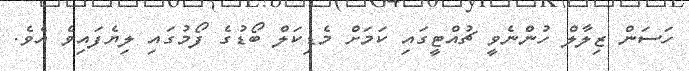
ހަސަން ޒިލާލް ހުންނެވީ ޗުއްޓީގައި ކަމަށް މެޑިކަލް ބޯޑުގެ ފޯމުގައި ލިޔެފައިވެ އެވެ.